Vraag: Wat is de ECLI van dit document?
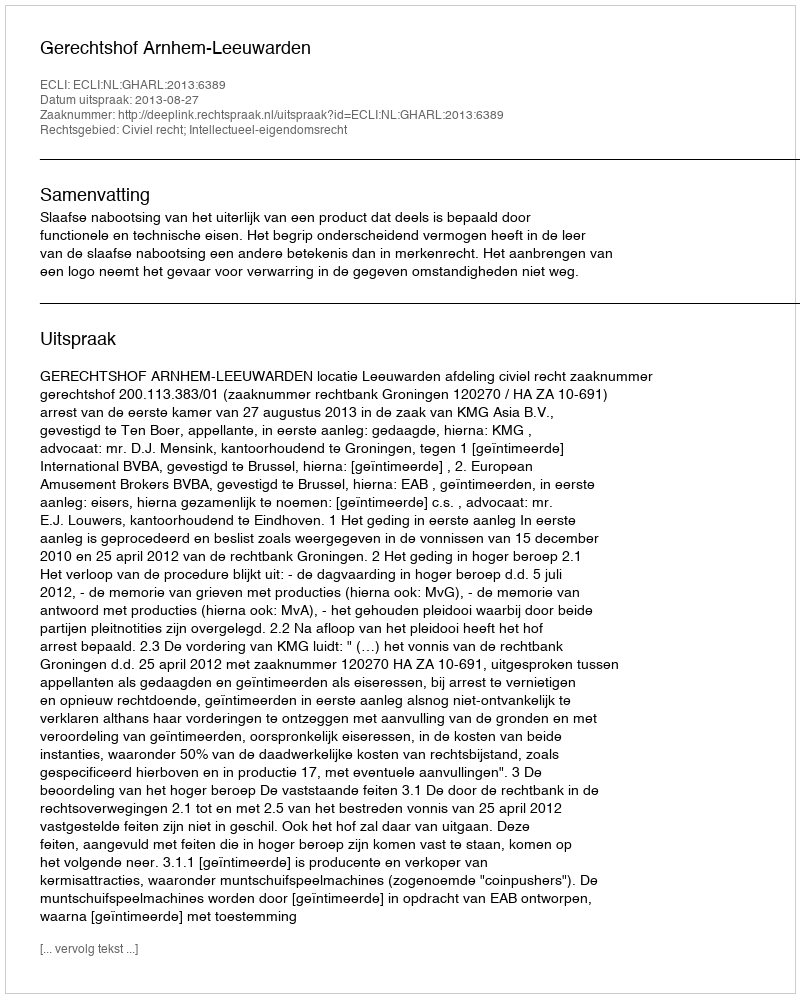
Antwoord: ECLI:NL:GHARL:2013:6389